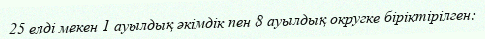
25 елді мекен 1 ауылдық әкімдік пен 8 ауылдық округке біріктірілген: